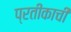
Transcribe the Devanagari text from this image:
प्रतीकाची